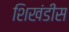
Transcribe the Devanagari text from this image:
शिखंडीस